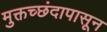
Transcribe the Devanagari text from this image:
मुक्तच्‍छंदापासून